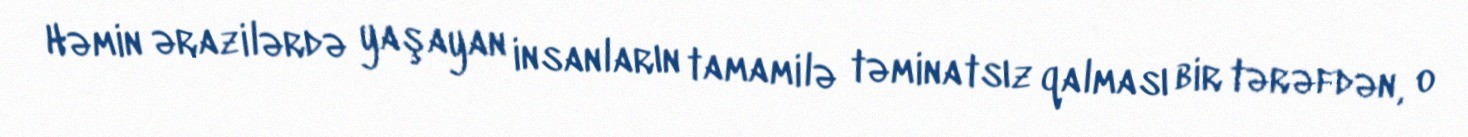
Həmin ərazilərdə yaşayan insanların tamamilə təminatsız qalması bir tərəfdən, o